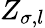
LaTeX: Z_{\sigma,l}